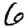
Digit: 6